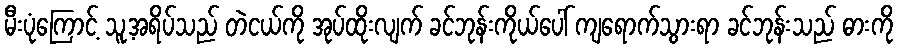
မီးပုံကြောင့် သူ့အရိပ်သည် တဲငယ်ကို အုပ်ထိုးလျက် ခင်ဘုန်းကိုယ်ပေါ် ကျရောက်သွားရာ ခင်ဘုန်းသည် ဓားကို